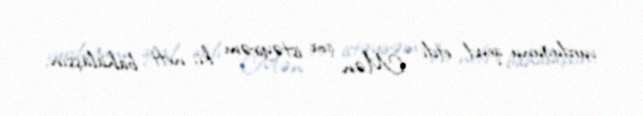
vurduğunu qeyd etdi: “Mən çox istəyirəm ki, neft bahalaşsın.